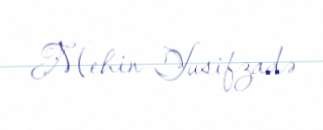
Mehin Yusifzadə